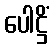
ပေါဋ္ဌိံ